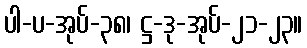
ပါ-ပ-အုပ်-၃၈၊ ဋ္ဌ-ဒု-အုပ်-၂၁-၂၃။